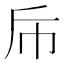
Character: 𭘑